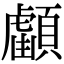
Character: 𩔺